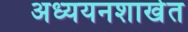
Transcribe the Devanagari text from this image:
अध्ययनशाखेत